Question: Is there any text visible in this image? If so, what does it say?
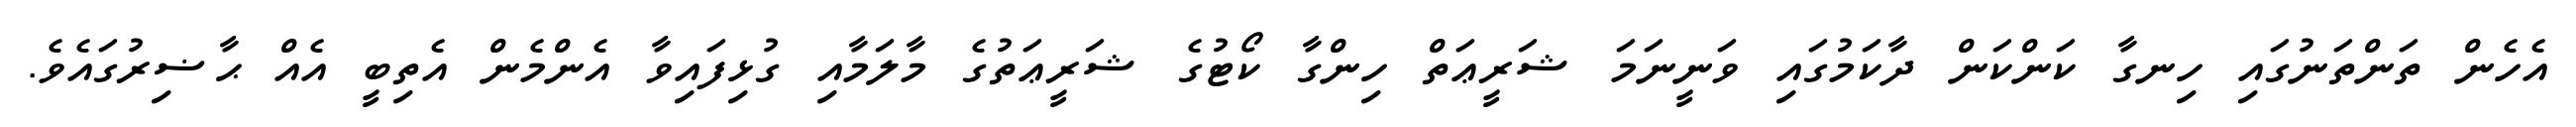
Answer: އެހެން ތަންތަނުގައި ހިނގާ ކަންކަން ދާކަމުގައި ވަނީނަމަ ޝަރީޢަތް ހިންގާ ކޯޓުގެ ޝަރީޢަތުގެ މާލަމާއި ގުޅިފައިވާ އެންމެން އެތިބީ އެއް ޙާޟިރުގައެވެ.